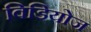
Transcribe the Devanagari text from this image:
विडियोज